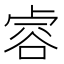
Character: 䜭